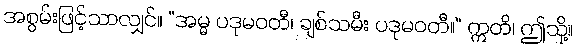
အစွမ်းဖြင့်သာလျှင်။ “အမ္မ ပဒုမဝတီ၊ ချစ်သမီး ပဒုမဝတီ။” ဣတိ၊ ဤသို့။